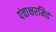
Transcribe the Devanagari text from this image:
पंचाक्षरमिदं